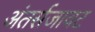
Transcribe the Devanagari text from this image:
अंतर्सजावट